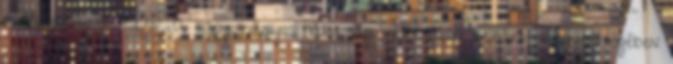
a házasságuk elején. A hagyományos házasság kalitkájába bezárt, megvertségében